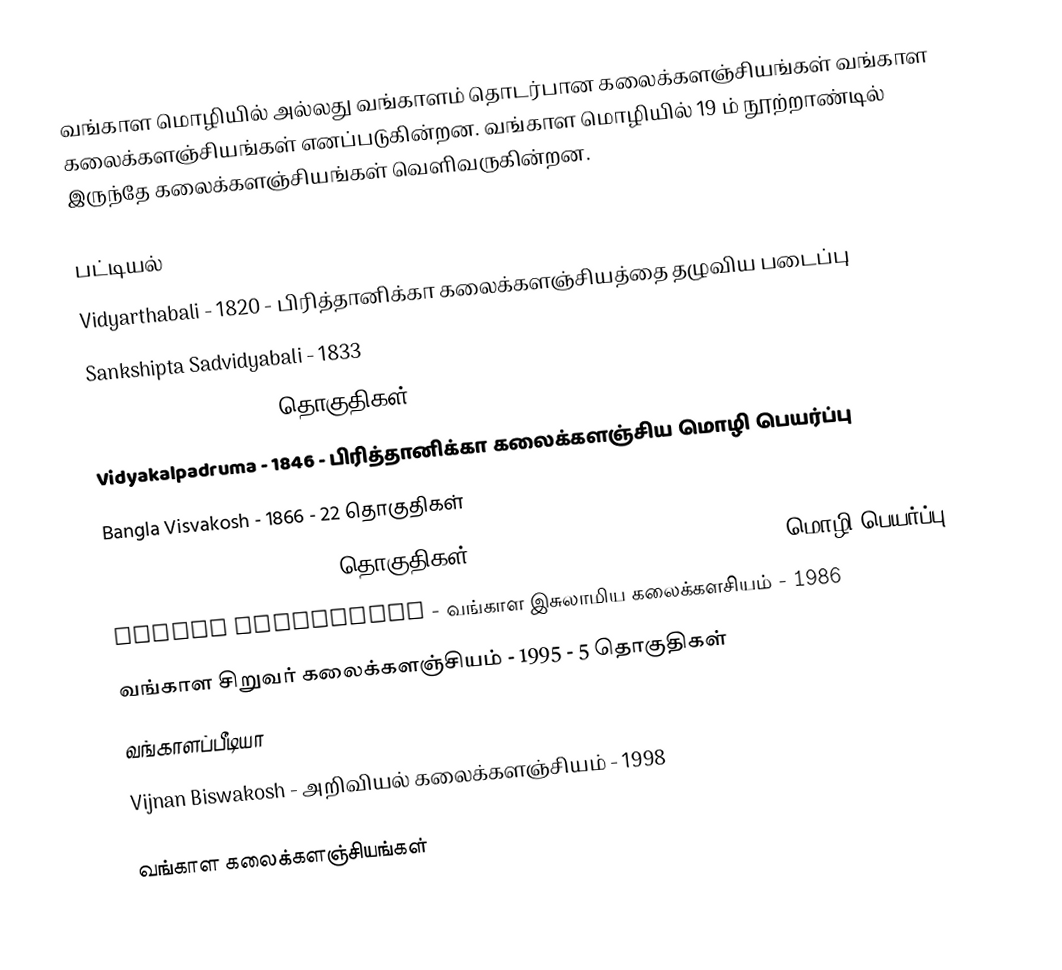
வங்காள மொழியில் அல்லது வங்காளம் தொடர்பான கலைக்களஞ்சியங்கள் வங்காள கலைக்களஞ்சியங்கள் எனப்படுகின்றன.  வங்காள மொழியில் 19 ம் நூற்றாண்டில் இருந்தே கலைக்களஞ்சியங்கள் வெளிவருகின்றன.

பட்டியல்
 Vidyarthabali - 1820  - பிரித்தானிக்கா கலைக்களஞ்சியத்தை தழுவிய படைப்பு
 Sankshipta Sadvidyabali - 1833
 Bharatkosh - 1880 - 3 தொகுதிகள்
 Vidyakalpadruma - 1846 - பிரித்தானிக்கா கலைக்களஞ்சிய மொழி பெயர்ப்பு
 Bangla Visvakosh  - 1866 - 22 தொகுதிகள்
 Bangla Visvacos - 1972 - 4 தொகுதிகள் -  Columbia Viking Desk Encyclopedia மொழி பெயர்ப்பு
 Islami Bishwakosh  - வங்காள இசுலாமிய கலைக்களசியம் - 1986
 வங்காள சிறுவர் கலைக்களஞ்சியம் - 1995 - 5 தொகுதிகள்
 வங்காளப்பீடியா
 Vijnan Biswakosh - அறிவியல் கலைக்களஞ்சியம் - 1998

வங்காள கலைக்களஞ்சியங்கள்